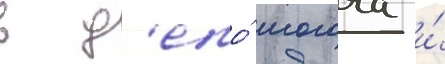
в д'епо́ могоча и́